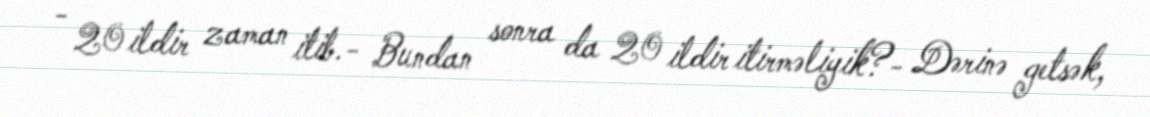
- 20 ildir zaman itib.- Bundan sonra da 20 ildir itirməliyik?- Dərinə getsək,